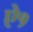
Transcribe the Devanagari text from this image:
ऐ१